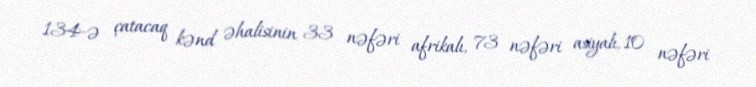
134-ə çatacaq kənd əhalisinin 33 nəfəri afrikalı, 73 nəfəri asiyalı, 10 nəfəri